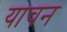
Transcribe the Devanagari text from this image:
याचन